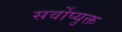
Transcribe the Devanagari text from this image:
सर्वोप्युक्त